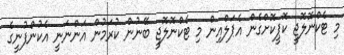
މި ޓެކްނޮލޮޖީ ކޮޕީކޮށްގެން އެޕަލްއިން މި ޓެކްނޮލޮޖީ ބޭނުން ކުރަމުން އަންނަނީ އެކުންފުނީގެ